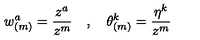
w _ { ( m ) } ^ { a } = \frac { z ^ { a } } { z ^ { m } } \quad , \quad \theta _ { ( m ) } ^ { k } = \frac { \eta ^ { k } } { z ^ { m } }